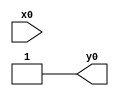
module top( x0 , y0 );
  input x0 ;
  output y0 ;
  assign y0 = ~1'b0 ;
endmodule